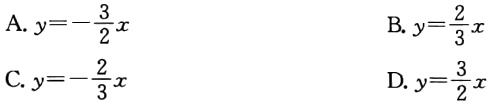
A. \(y = -\frac{3}{2}x\)
B. \(y = \frac{2}{3}x\)
C. \(y = -\frac{2}{3}x\)
D. \(y = \frac{3}{2}x\)